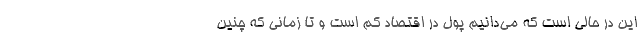
این در حالی است که می‌دانیم پول در اقتصاد کم است و تا زمانی که چنین